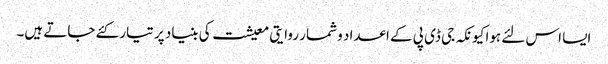
ایسا اس لئے ہوا کیونکہ جی ڈی پی کے اعداد و شمار روایتی معیشت کی بنیاد پر تیار کئے جاتے ہیں۔